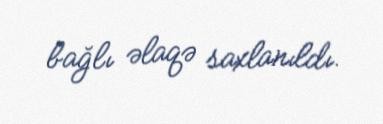
bağlı əlaqə saxlanıldı.